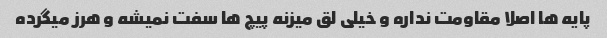
پایه ها اصلا مقاومت نداره و خیلی لق میزنه پیچ ها سفت نمیشه و هرز میگرده